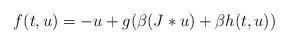
LaTeX: \begin{align*}f(t,u)=-u+g(\beta(J*u)+\beta h(t,u))\end{align*}